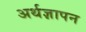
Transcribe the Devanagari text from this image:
अर्थज्ञापन